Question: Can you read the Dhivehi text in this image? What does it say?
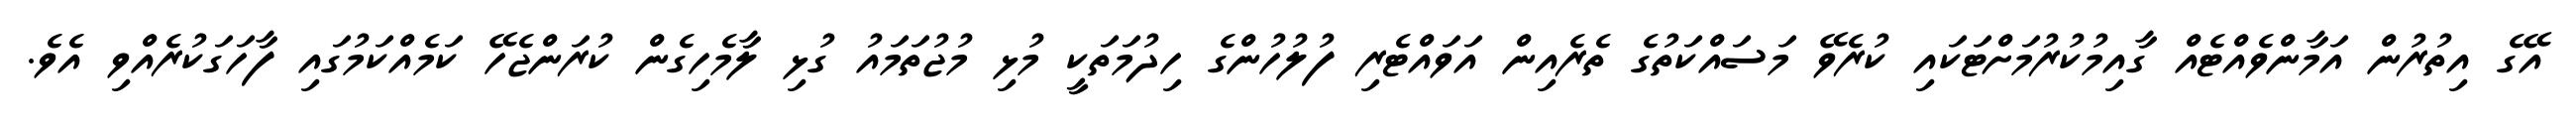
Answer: އޭގެ އިތުރުން އަމާންވެއްޓެއް ގާއިމުކުރުމަށްޓަކައި ކުރެވޭ މަސައްކަތުގެ ތެރެއިން އަވައްޓެރި ފުލުހުންގެ ހިދުމަތަކީ މުޅި މުޖުތަމައު ގުޅި ލާމެހިގެން ކުރަންޖެހޭ ކަމެއްކަމުގައި ފާހަގަކުރެއްވި އެވެ.